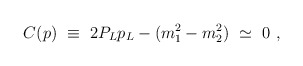
\begin{align*}C(p)\ \equiv\ 2P_Lp_L-(m_1^2-m_2^2)\ \simeq\ 0\ ,\end{align*}